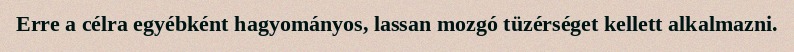
Erre a célra egyébként hagyományos, lassan mozgó tüzérséget kellett alkalmazni.